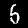
Digit: 5